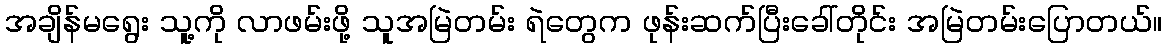
အချိန်မရွေး သူ့ကို လာဖမ်းဖို့ သူအမြဲတမ်း ရဲတွေက ဖုန်းဆက်ပြီးခေါ်တိုင်း အမြဲတမ်းပြောတယ်။